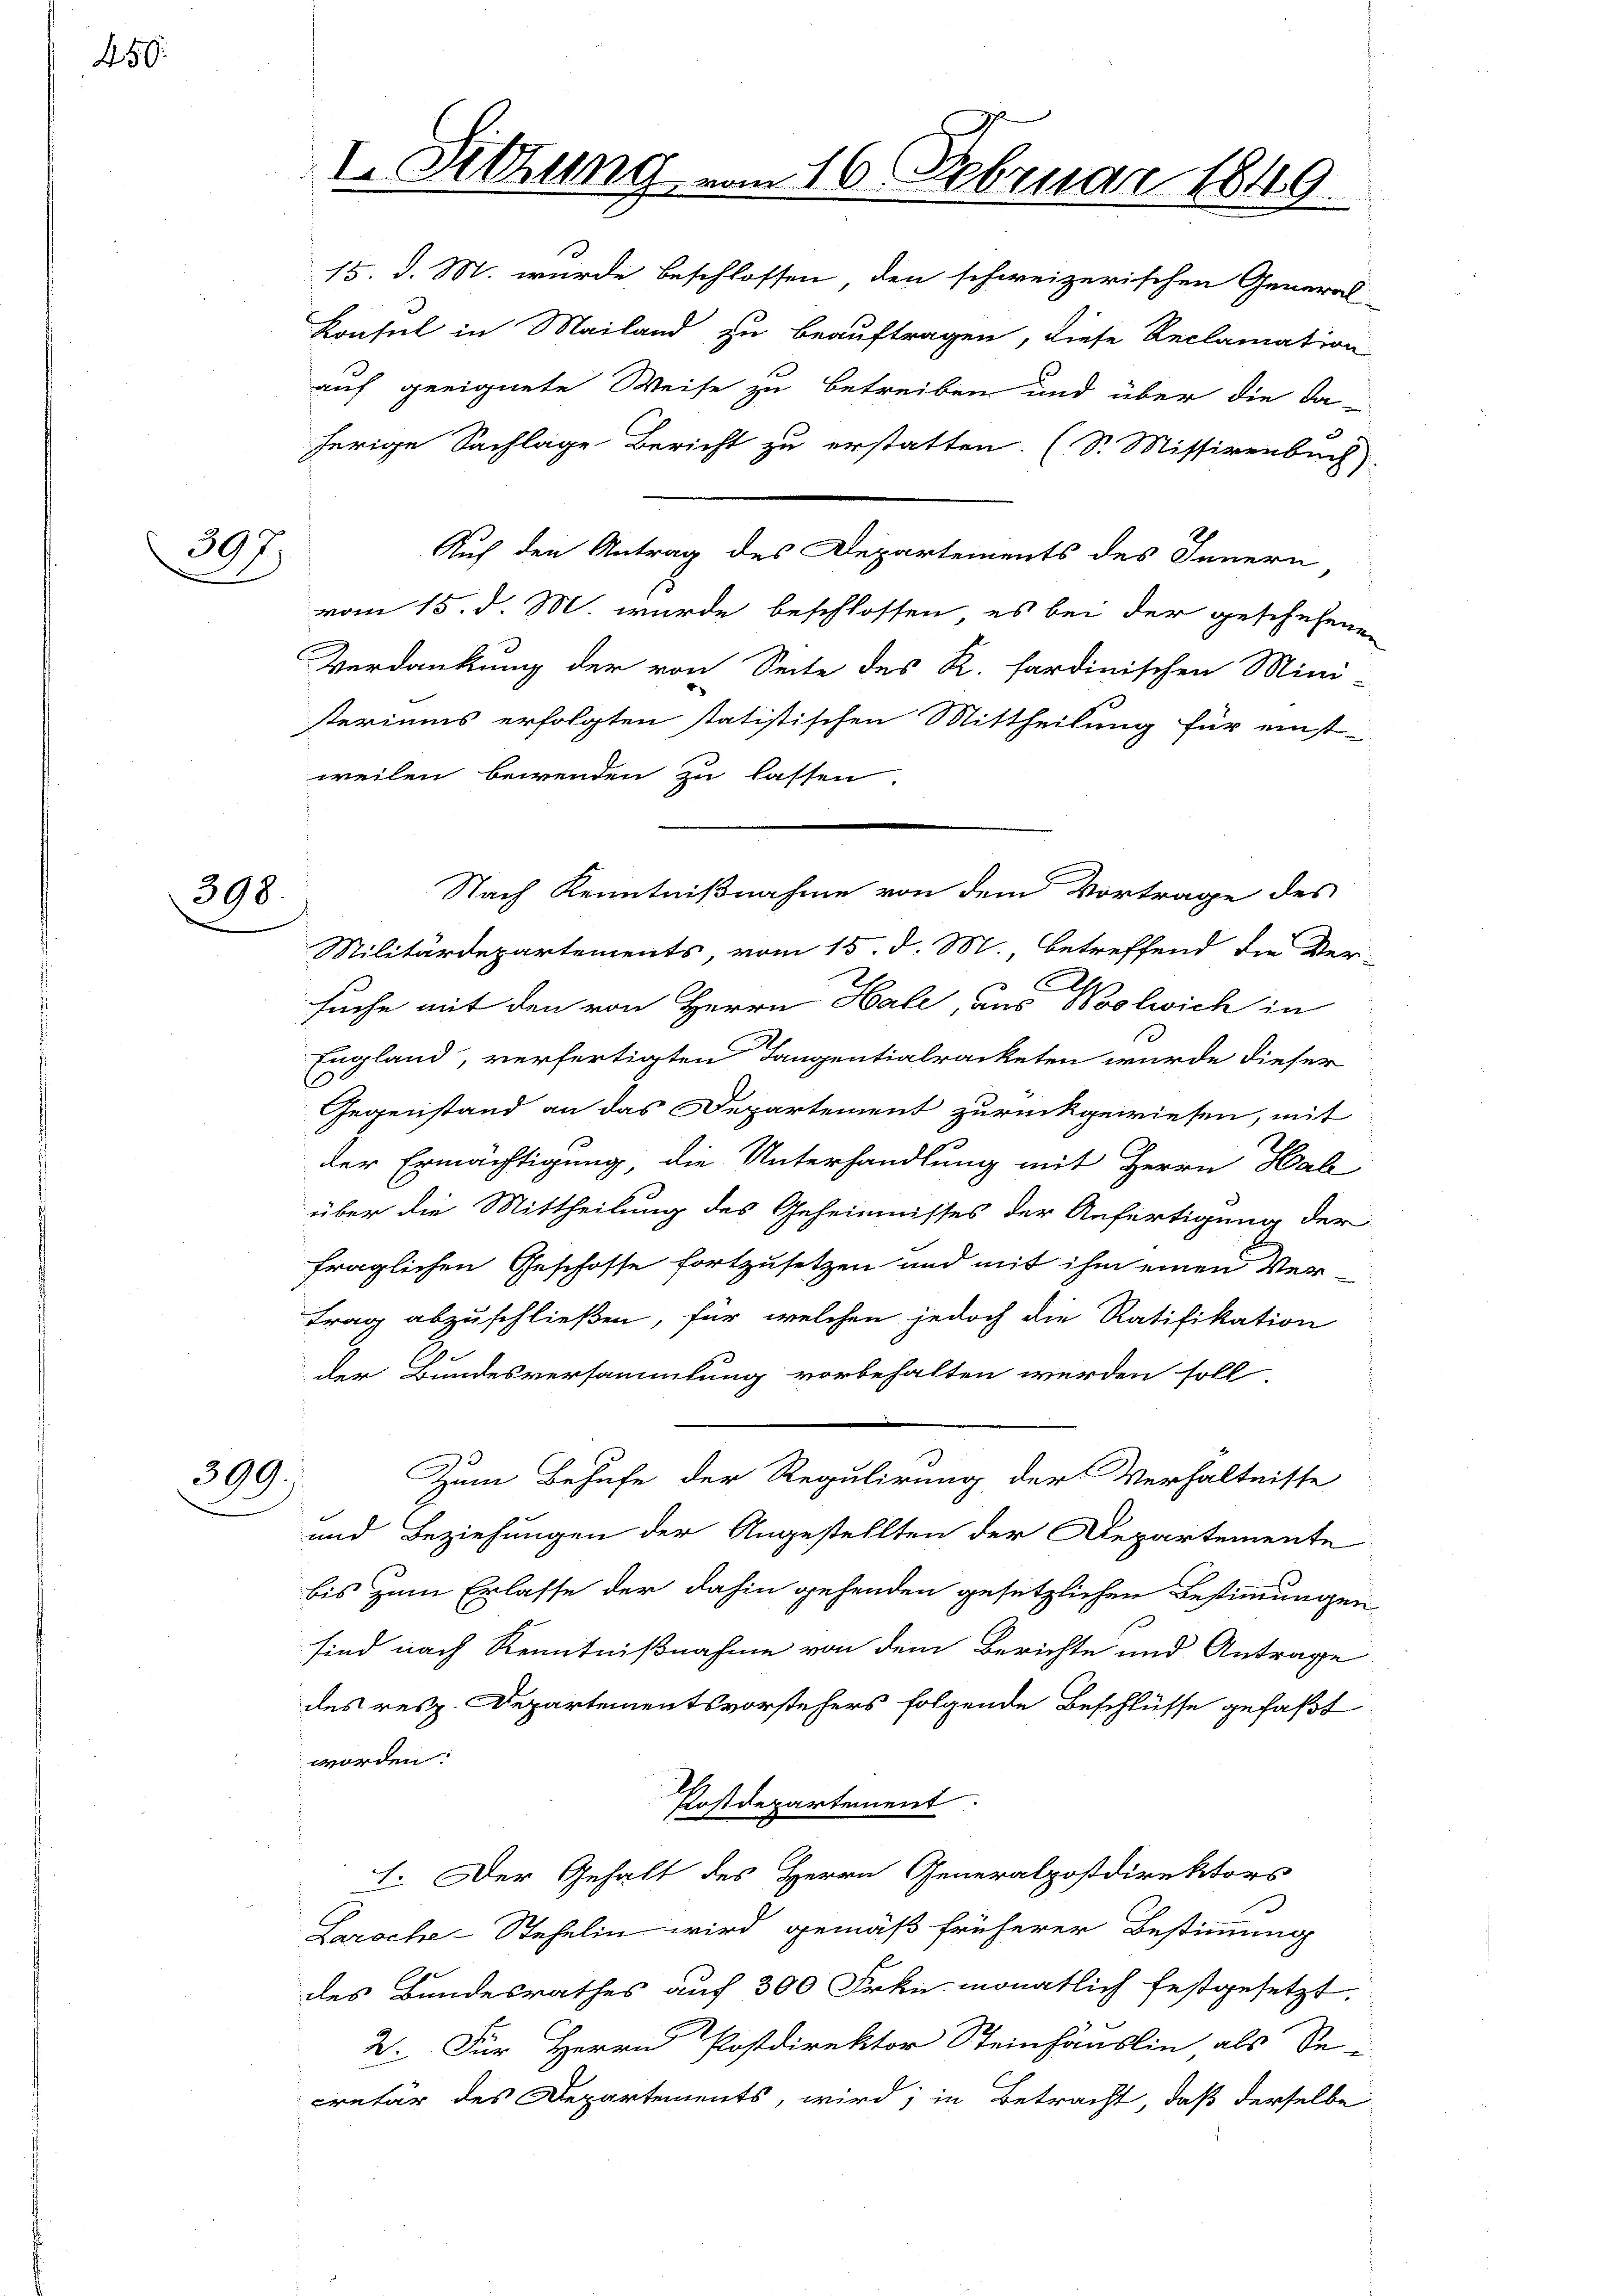
450.

307.

398.

399.

I. Sitzung vom 16. Februar 1849.

15. d. M. wurde beschlossen, den schweizerischen General-
Konsul in Mailand zu beauftragen, diese Reclamation
auf geeignete Weise zu betreiben und über die da-
herige Sachlage Bericht zu erstatten. (S. Missivenbuch.
Auf den Antrag des Departements des Innern
vom 15. d. M. wurde beschlossen, es bei der geschehenen
Verdankung der von Seite des R. sardinischen Mini-
steriums erfolgten statistischen Mittheilung für einst-
weilen bewenden zu lassen.
Militärdepartements, vom 15. d. M., betreffend die Ver-
E
e
suche mit den von Herrn Hale, aus Ovolwich in
England, verfertigten Tangentialracketen wurde dieser
Gegenstand an das Departement zurückgewiesen, mit
der Ermächtigung die Unterhandlung mit Herrn Hal
über die Mittheilung des Geheimisses der Anfertigung der
fraglichen Geschosse fortzusetzen und mit ihm einen Vertrag abzuschließen, für welchen jedoch die Ratifikation
der Bundesversammlung vorbehalten werden soll
Zum Behufe der Regulirung der Verhältnisse
und Beziehungen der Angestellten der Departemente
bis zum Erlasse der dahin gehenden gesetzlichen Bestimmungen
sind nach Kenntnißnahme von dem Berichte und Antrage
des resp. Departementsvorstehers folgende Beschlüsse gefaßt
worden:
Postdepartement.
I. Der Gehalt des Herrn Generalpostdirektors
Laroche-Stehelin wird gemäß früherer Bestimmung
des Bundesrathes auf 300 Frkn. monatlich festgesetzt.
2. Für Herrn Postdirektor Steinhäuslin als Se-
cretär des Departements, wird; in Betracht, daß derselbe

Nach Kenntnißnahme von dem Vortrage des